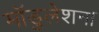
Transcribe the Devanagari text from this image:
मॉडुलेशन।